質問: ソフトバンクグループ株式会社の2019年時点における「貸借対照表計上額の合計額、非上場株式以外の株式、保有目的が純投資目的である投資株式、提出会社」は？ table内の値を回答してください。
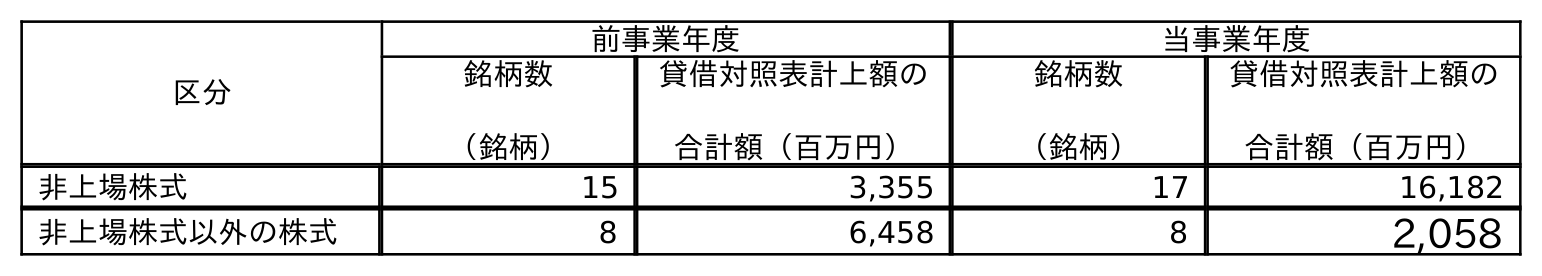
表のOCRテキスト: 区分 前事業年度 当事業年度 銘柄数 （銘柄） 貸借対照表計上額の 合計額（百万円） 銘柄数 （銘柄） 貸借対照表計上額の 合計額（百万円） 非上場株式 15 3,355 17 16,182 非上場株式以外の株式 8 6,458 8 2,058
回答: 6,458